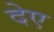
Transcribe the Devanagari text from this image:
देए